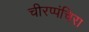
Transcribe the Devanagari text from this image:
चीरप्पंचिरा